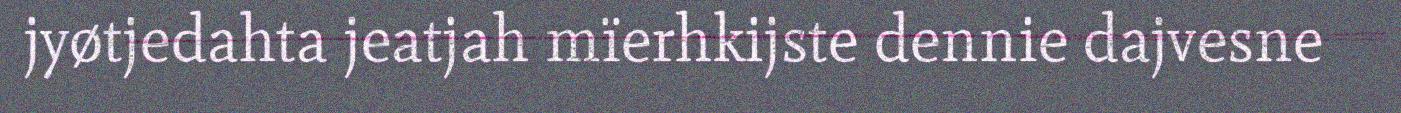
jyøtjedahta jeatjah mïerhkijste dennie dajvesne